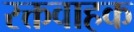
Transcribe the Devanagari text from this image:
रक्तवाहक